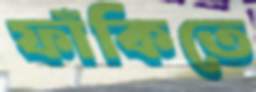
ফাঁকিতে